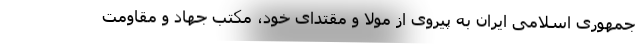
جمهوری اسلامی ایران به پیروی از مولا و مقتدای خود، مکتب جهاد و مقاومت